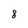
Character: 8